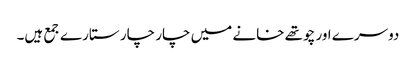
دوسرے اور چوتھے خانے میں چار چار ستارے جمع ہیں۔